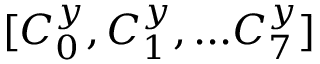
[ C _ { 0 } ^ { y } , C _ { 1 } ^ { y } , . . . C _ { 7 } ^ { y } ]